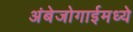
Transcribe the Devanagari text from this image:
अंबेजोगाईमध्ये